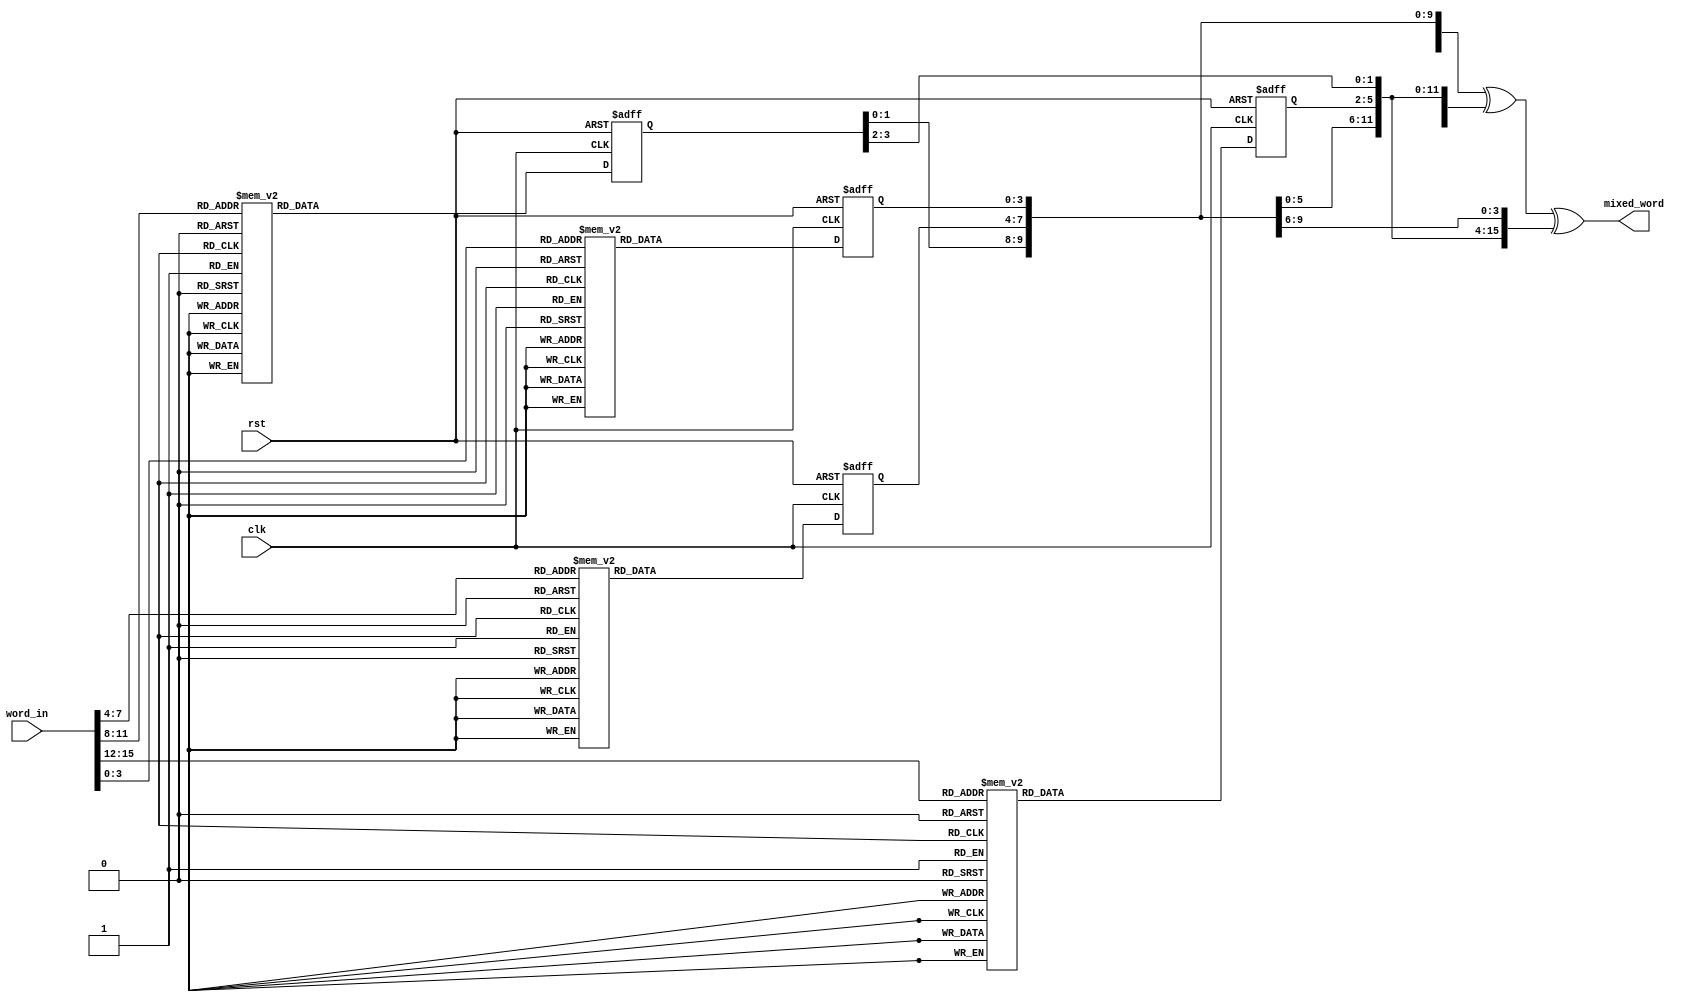
//------------------------------------------------------------------
// Project Name: Implementation of Hummingbird Encryption Algorithm
// Team Number:  xohw21-114
// Participants: Elie Cudkowicz, Itamar Yunnian
// Supervisor:	 Uri Stroh
//------------------------------------------------------------------

module mix_func (
	// inputs
	input wire 	[15:0] 	word_in,
	input wire 			clk,
	input wire			rst,
	// output
	output wire [15:0]	mixed_word
);
// intenal signals
	// output of each S-box
	reg  [3:0] 	sb_1;
	reg  [3:0] 	sb_2;
	reg  [3:0] 	sb_3;
	reg  [3:0] 	sb_4;
	// concatenation of 4 S-box
	wire [15:0]	sb_out;

	// S-box 1
	always @ (posedge clk or posedge rst)
		begin
		if (rst)
			sb_1 <= 4'd0;
		else
			case (word_in[15:12])
				4'd0: 		sb_1 <= 4'd7;
				4'd1: 		sb_1 <= 4'd12;
				4'd2: 		sb_1 <= 4'd14;
				4'd3: 		sb_1 <= 4'd9;
				4'd4: 		sb_1 <= 4'd2;
				4'd5: 		sb_1 <= 4'd1;
				4'd6: 		sb_1 <= 4'd5;
				4'd7: 		sb_1 <= 4'd15;
				4'd8: 		sb_1 <= 4'd11;
				4'd9: 		sb_1 <= 4'd6;
				4'd10: 		sb_1 <= 4'd13;
				4'd11: 		sb_1 <= 4'd0;
				4'd12: 		sb_1 <= 4'd4;
				4'd13: 		sb_1 <= 4'd8;
				4'd14: 		sb_1 <= 4'd10;
				4'd15: 		sb_1 <= 4'd3;
				default:	sb_1 <= 4'd0;
			endcase
		end
		
	// S-box 2
	always @ (posedge clk or posedge rst)
		begin
		if (rst)
			sb_2 <= 4'd0;
		else
			case (word_in[11:8])
				4'd0: 		sb_2 <= 4'd4;
				4'd1: 		sb_2 <= 4'd10;
				4'd2: 		sb_2 <= 4'd1;
				4'd3: 		sb_2 <= 4'd6;
				4'd4: 		sb_2 <= 4'd8;
				4'd5: 		sb_2 <= 4'd15;
				4'd6: 		sb_2 <= 4'd7;
				4'd7: 		sb_2 <= 4'd12;
				4'd8: 		sb_2 <= 4'd3;
				4'd9: 		sb_2 <= 4'd0;
				4'd10: 		sb_2 <= 4'd14;
				4'd11: 		sb_2 <= 4'd13;
				4'd12: 		sb_2 <= 4'd5;
				4'd13: 		sb_2 <= 4'd9;
				4'd14: 		sb_2 <= 4'd11;
				4'd15: 		sb_2 <= 4'd2;
				default:	sb_2 <= 4'd0;
			endcase
		end
		
	// S-box 3
	always @ (posedge clk or posedge rst)
		begin
		if (rst)
			sb_3 <= 4'd0;
		else
			case (word_in[7:4])
				4'd0: 		sb_3 <= 4'd2;
				4'd1: 		sb_3 <= 4'd15;
				4'd2: 		sb_3 <= 4'd12;
				4'd3: 		sb_3 <= 4'd1;
				4'd4: 		sb_3 <= 4'd5;
				4'd5: 		sb_3 <= 4'd6;
				4'd6: 		sb_3 <= 4'd10;
				4'd7: 		sb_3 <= 4'd13;
				4'd8: 		sb_3 <= 4'd14;
				4'd9: 		sb_3 <= 4'd8;
				4'd10: 		sb_3 <= 4'd3;
				4'd11: 		sb_3 <= 4'd4;
				4'd12: 		sb_3 <= 4'd0;
				4'd13: 		sb_3 <= 4'd11;
				4'd14: 		sb_3 <= 4'd9;
				4'd15: 		sb_3 <= 4'd7;
				default:	sb_3 <= 4'd0;
			endcase
		end
		
	// S-box 4
	always @ (posedge clk or posedge rst)
		begin
		if (rst)
			sb_4 <= 4'd0;
		else
			case (word_in[3:0])
				4'd0: 		sb_4 <= 4'd15;
				4'd1: 		sb_4 <= 4'd4;
				4'd2: 		sb_4 <= 4'd5;
				4'd3: 		sb_4 <= 4'd8;
				4'd4: 		sb_4 <= 4'd9;
				4'd5: 		sb_4 <= 4'd7;
				4'd6: 		sb_4 <= 4'd2;
				4'd7: 		sb_4 <= 4'd1;
				4'd8: 		sb_4 <= 4'd10;
				4'd9: 		sb_4 <= 4'd3;
				4'd10: 		sb_4 <= 4'd0;
				4'd11: 		sb_4 <= 4'd14;
				4'd12: 		sb_4 <= 4'd6;
				4'd13: 		sb_4 <= 4'd12;
				4'd14: 		sb_4 <= 4'd13;
				4'd15: 		sb_4 <= 4'd11;
				default:	sb_4 <= 4'd0;
			endcase
		end
		
	// output of the 4 S-box - sb_out = {S1,S2,S3,S4}
	assign sb_out = {sb_1, sb_2, sb_3, sb_4};
	
	// output of the permutation - mixed_word = sb_out xor (sb_out<<<6) xor (sb_out<<<10)
	assign mixed_word = sb_out ^ ({sb_out[9:0], sb_out[15:10]}) ^ ({sb_out[5:0], sb_out[15:6]});
	
endmodule